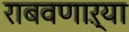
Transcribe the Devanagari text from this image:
राबवणाऱ्या